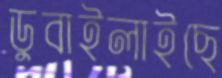
ডুবাইলাইছে